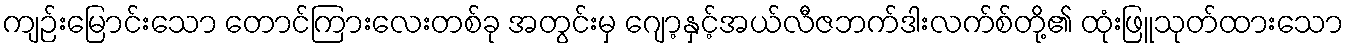
ကျဉ်းမြောင်းသော တောင်ကြားလေးတစ်ခု အတွင်းမှ ဂျော့နှင့်အယ်လီဇဘက်ဒါးလက်စ်တို့၏ ထုံးဖြူသုတ်ထားသော